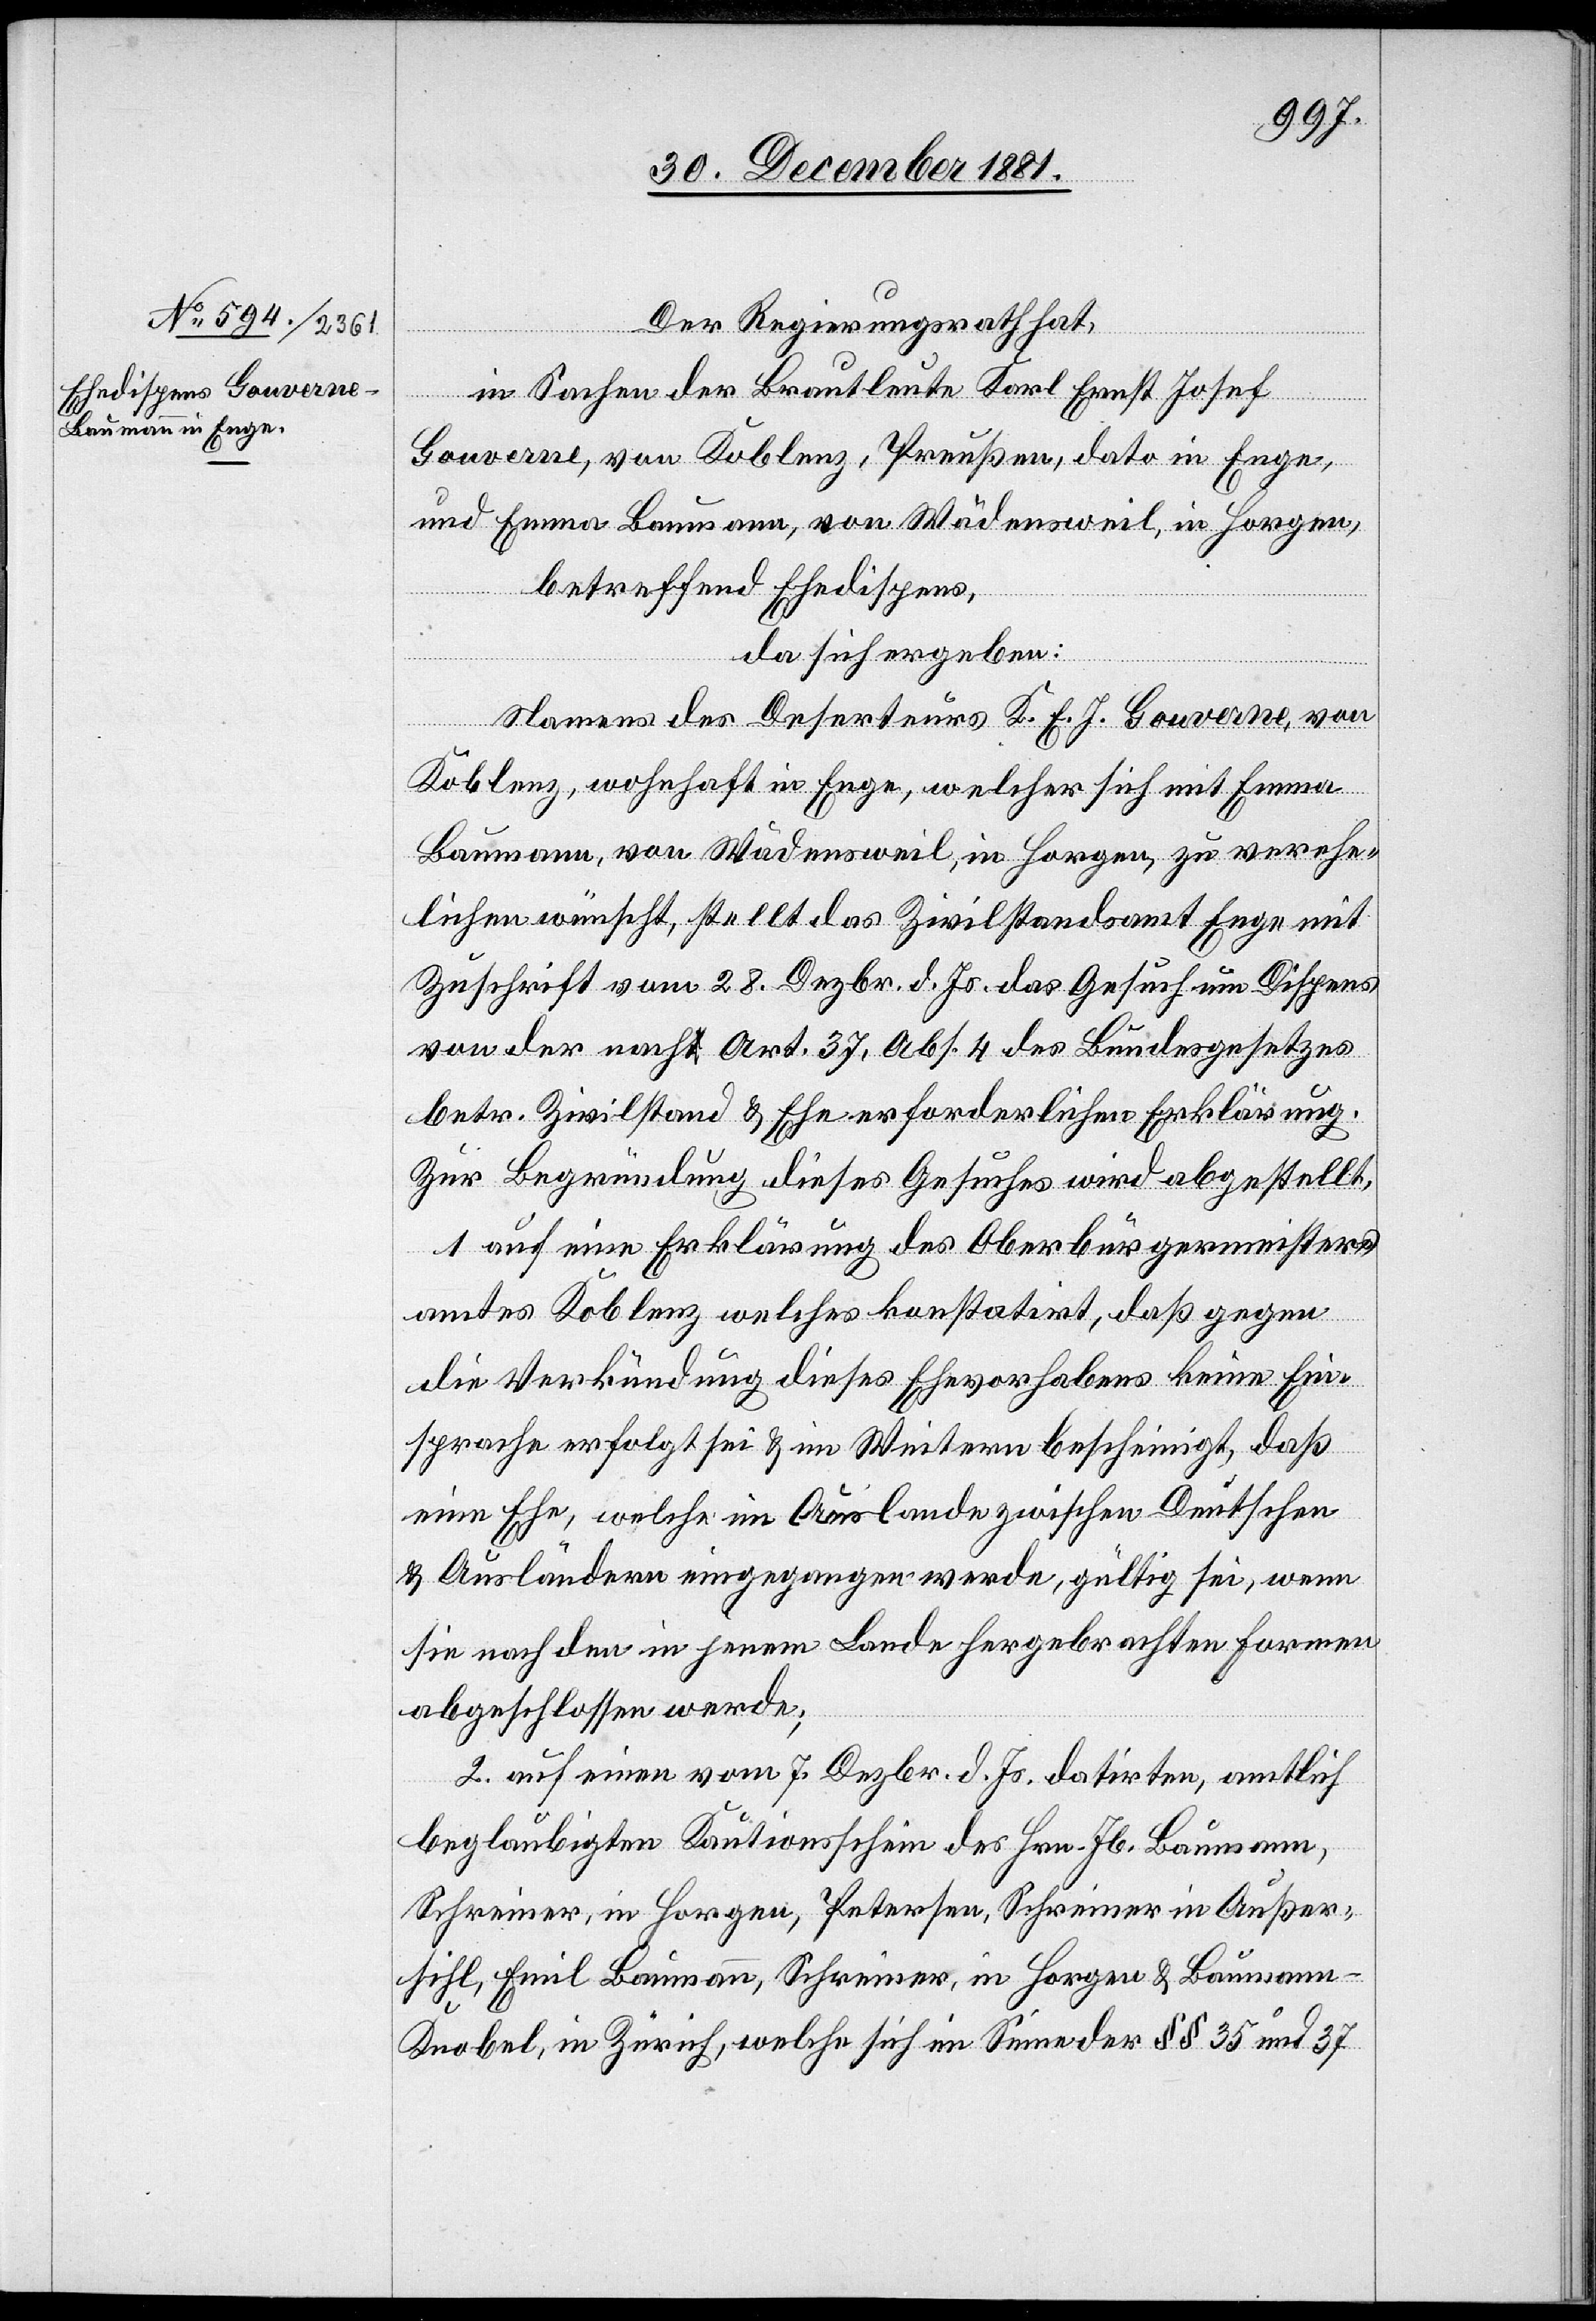
Der Regierungsrath hat,
in Sachen der Brauleute Karl Ernst Josef
Gouverne, von Koblenz, Preußen, dato in Enge,
und Emma Baumann, von Wädensweil, in Horgen,
betreffend Ehedispens,
da sich ergeben:
Namens des Deserteurs K. E. J. Gouverne, von
Koblenz, wohnhaft in Enge, welcher sich mit Emma
Baumann, von Wädensweil, in Horgen, zu verehe¬
lichen wünscht, stellt das Zivilstandsamt Enge mit
Zuschrift vom 28. Dezbr. d. Js. das Gesuch um Dispens
von der nach Art. 37, Abs. 4 des Bundesgesetzes
betr. Zivilstand & Ehe erforderlichen Erklärung.
Zur Begründung dieses Gesuches wird abgestellt
1. auf eine Erklärung des Oberbürgermeister¬
amtes Koblenz, welches konstatirt, daß gegen
die Verkündung dieses Ehevorhabens keine Ein¬
sprache erfolgt sei & im Weitern bescheinigt, daß
eine Ehe, welche im Auslande zwischen Deutschen
& Ausländern eingegangen werde, gültig sei, wenn
sie nach den in jenem Lande hergebrachten Formen
abgeschlossen werde;
2. auf einen vom 7. Dezbr. d. Js. datirten, amtlich
beglaubigten Kautionsschein des Hrn. Jb. Baumann,
Schreiner, in Horgen, Petersen, Schreiner in Außer¬
sihl, Emil Baumann, Schreiner, in Horgen & Bauman¬
n-Knobel, in Zürich, welche sich im Sinne der §§ 35 und 37